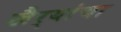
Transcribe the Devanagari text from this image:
खैर्‍यांचा